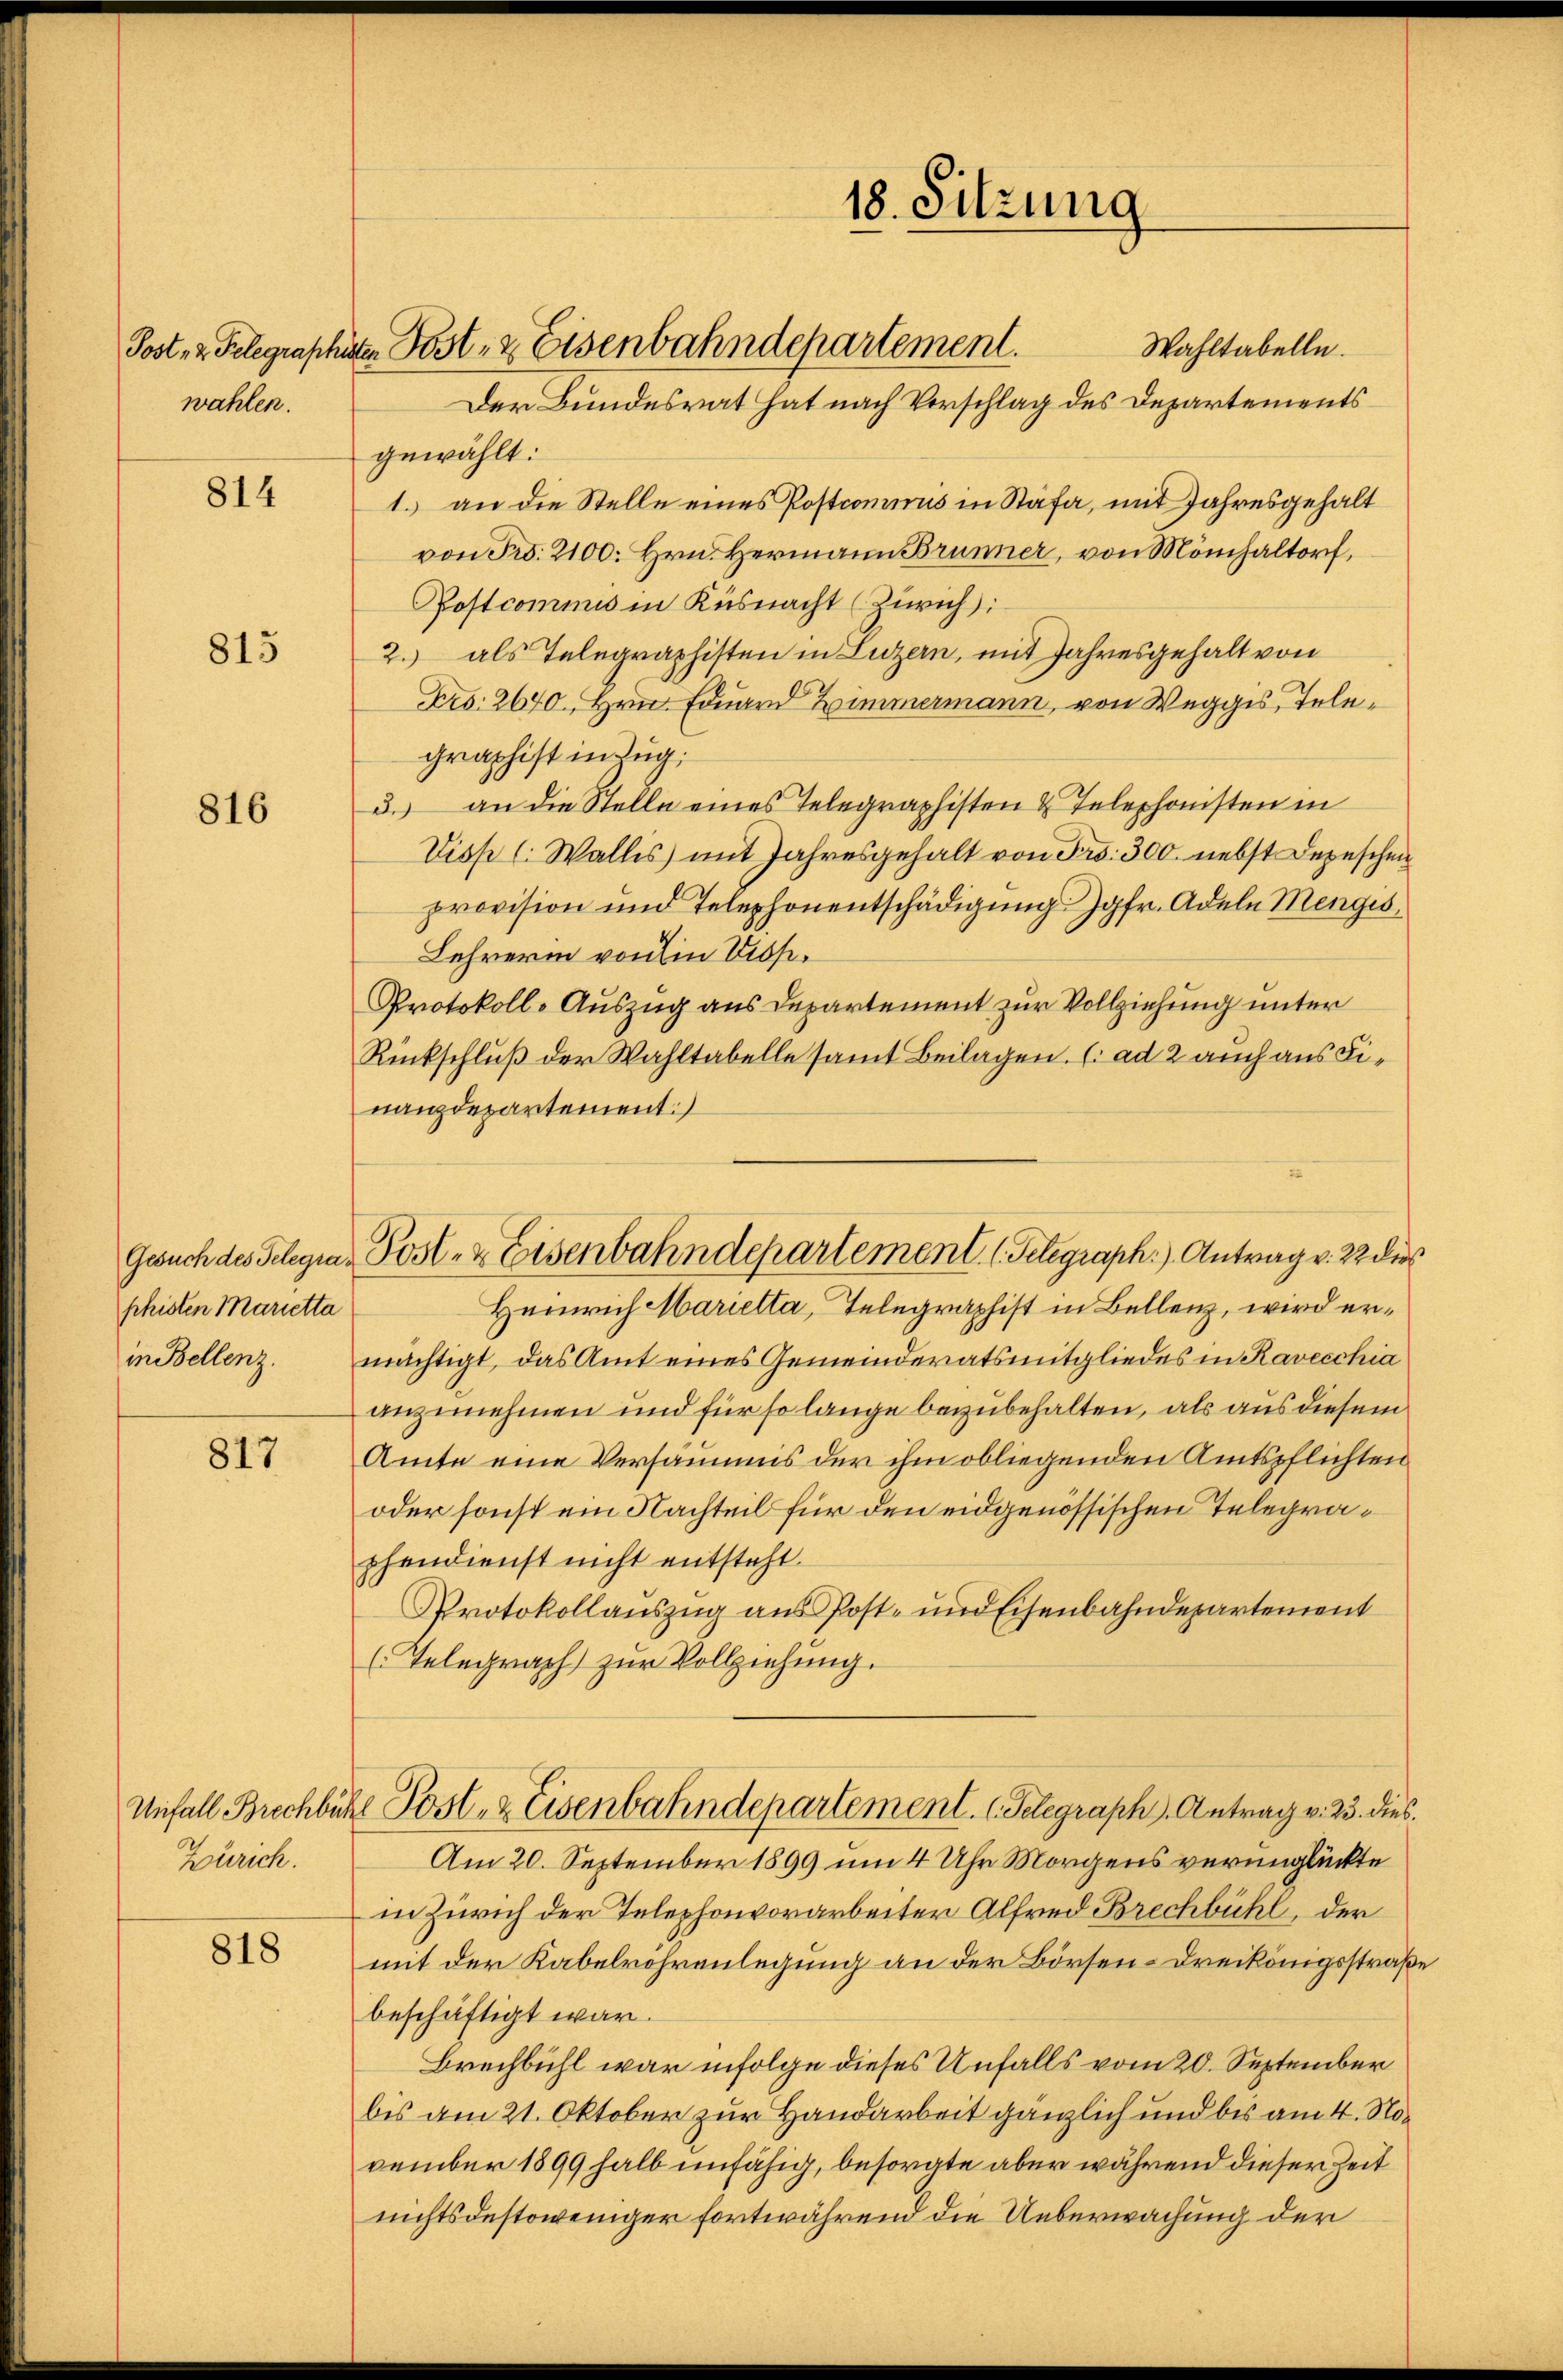
wahlen.

814

813

816

Gesuch des Telegraphisten Marietta
in Bellenz.

817

Zürich.

818

Post- & Gelegrapheten Post- & Eisenbahndepartement.

18. Sitzung

Wahltabelle.
Der Bundesrat hat nach Vorschlag des Departements
gewählt:
1. an die Stelle eines Postcommis in Stäfa, mit Jahresgehalt
von Fr. 2100. Hrn. Hermann Brunner, von Mönchaltorf,
Postcommis in Küsnacht (Zürich:
2. als Telegraphisten in Luzern, mit Jahresgehalt von
Fro: 2640 Hrn. Eduard Zimmermann, von Weggis, Telegraphist in Zug,
3. an die Stelle eines Telegraphisten & Telephonisten in
Visp l. Wallis mit Jahresgehalt von Frs. 300 nebst Depeschen
provision und Telephonentschädigŭng. Jgfr. Adeln Mengis
Lehrerin von in Visi¬
Protokoll-Auszug aus Departement zur Vollziehung unter
Rückschluß der Wahltabelle samt Beilagen. (: ad 2 auch aus Finanzdepartement.)
Heinrich Marietta, Telegraphist in Bellenz, wird ermächtigt, das Amt eines Gemeinderatsmitgliedes in Kavecchia
anzunehmen und für so lange beizubehalten, als aus diesem
Amte eine Versäumis der ihm obliegenden Amtspflichten
oder sonst ein Nachteil für den eidgenössischen Telegraphendienst nicht entsteht.
Protokollauszug aus Post- und Eisenbahndepartement
(Telegraph zur Vollziehung.
Unfall Brechbühl Post- & Eisenbahndepartement. Telegraph Antrag v. 23. dies
Am 20. September 1899 um 4 Uhr Morgens verunglückte
in Zürich der Telephonvorarbeiter Alfred Brechbühl, der
mit der Kabelröhrenlegung an der Börsen-Dreikönigsstraß
beschäftigt war.
Brechbühl war infolge dieses Unfalls vom 20. September
bis am 21. Oktober zur Handarbeit gänzlich und bis am 4. November 1899 halb unfähig, besorgte aber während dieser Zeit
nichtsdestoweniger fortwährend die Ueberwachung der

Post- & Eisenbahndepartement. (Telegraph.) Antrag v. 22 die